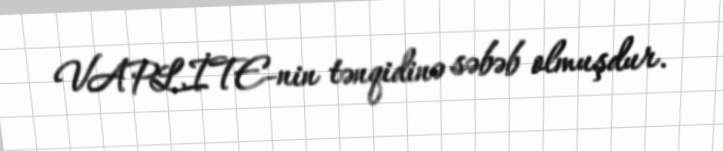
VAPLİTE-nin tənqidinə səbəb olmuşdur.